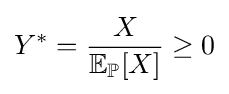
Y^{*}={\frac {X}{\mathbb {E} _{\mathbb {P} }[X]}}\geq 0